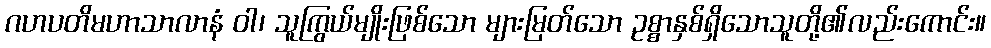
ဂဟပတိမဟာသာလာနံ ဝါ၊ သူကြွယ်မျိုးဖြစ်သော များမြတ်သော ဥစ္စာနှစ်ရှိသောသူတို့၏လည်းကောင်း။